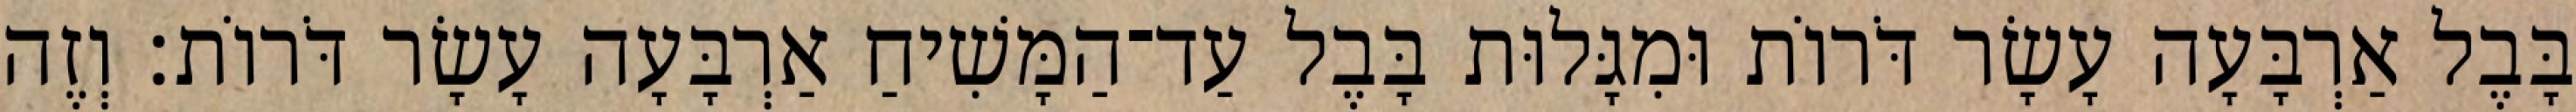
בָּבֶל אַרְבָּעָה עָשָׂר דֹּרוֹת וּמִגָּלוּת בָּבֶל עַד־הַמָּשִׁיחַ אַרְבָּעָה עָשָׂר דֹּרוֹת׃ וְזֶה